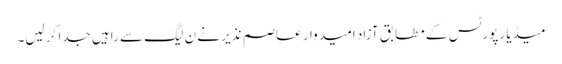
میڈیا رپورٹس کے مطابق آزاد امید وار عاصم نذیر نے ن لیگ سے راہیں جدا کر لیں۔